Annual statistical returns and brief notes on vaccination in Bengal - 1909-1929
Year: 1909
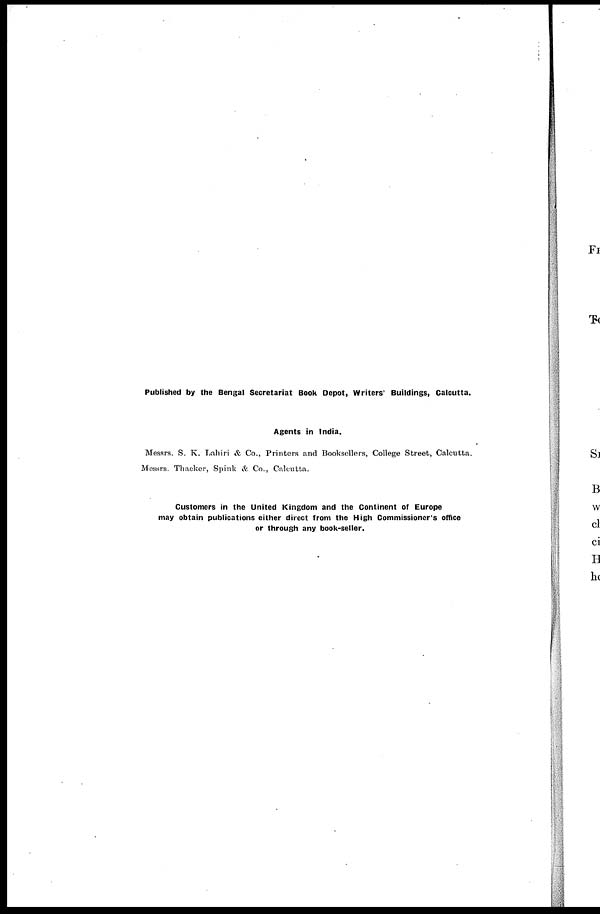
Published by the Bengal Secretariat Book Depot, Writers' Buildings, Calcutta.
Agents in India.
Messrs. S. K. Lahiri & Co., Printers and Booksellers, College Street, Calcutta.
Messrs. Thacker, Spink & Co., Calcutta.
Customers in the United Kingdom and the Continent of Europe
may obtain publications either direct from the High Commissioner's office
or through any book-seller.